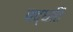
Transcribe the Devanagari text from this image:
पद्घति